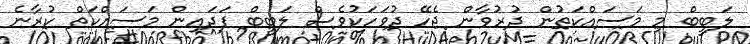
ލަބީބް މި މަސައްކަތުން ދުރުވާން ޖެހޭ ދުވަހަކުވެސް ލަބީބް ފަދައިން މަސައްކަތް ކުރާނެ